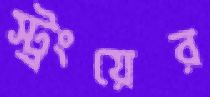
স্ট্রংয়ের